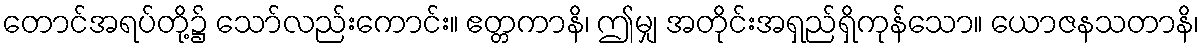
တောင်အရပ်တို့၌ သော်လည်းကောင်း။ ဧတ္တကာနိ၊ ဤမျှ အတိုင်းအရှည်ရှိကုန်သော။ ယောဇနသတာနိ၊